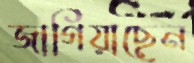
জাগিয়াছেন